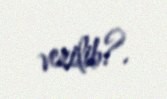
verilib?.